Indian journal of veterinary science and animal husbandry - Volume 1,
Year: 1931
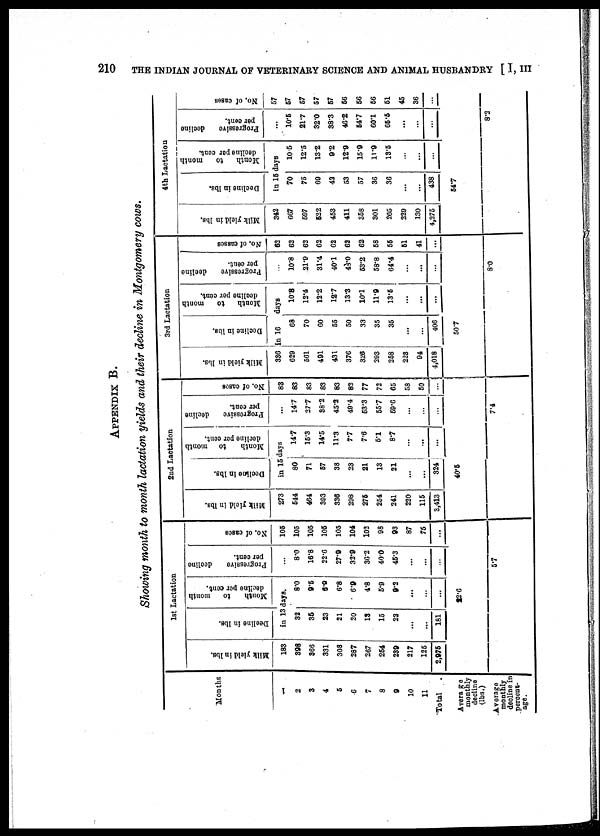
210
THE INDIAN JOURNAL OF VETERINARY SCIENCE AND ANIMAL HUSBANDRY [ I, III
APPENDIX B.
Showing month to month lactation yields and their decline in Montgomery cows.
Months
1
2
3
4
5
6
7
8
9
10
11
Total
Average
monthly
decline
(lbs.)
Average
monthly
decline in
percent-
age.
1st Lactation
Milk yield in lbs.
183
398
366
331
308
287
267
254
239
217
125
2,975
...
Decline in lbs.
Month to month
decline per cent.
in 13 days.
32
35
23
21
20
13
15
22
...
...
181
...
8.0
9.5
6.9
6.8
6.9
4.8
5.9
9.2
...
...
...
22.6
Progressive decline
per cent.
8.0
16.8
22.6
27.9
32.9
36.2
40.0
45.3
...
...
..
...
5.7
No. of cases
105
105
105
105
105
104
102
98
93
87
75
...
...
2nd Lactation
Milk yield in lbs.
273
544
464
393
336
298
275
254
241
220
115
3,413
...
Decline in lbs.
Month
to month
decline per cent.
in 15 days
80
71
57
38
23
21
13
21
...
...
324
40.5
14.7
15.3
14.5
11.3
7.7
7.6
5.1
8.7
...
...
...
...
Progressive decline
per cent.
14.7
27.7
38.2
45.2
49.4
53.3
55.7
59.6
...
...
...
...
7.4
No. of cases
83
83
83
83
83
82
77
72
65
58
50
...
...
3rd Lactation
Milk yield in lbs.
336
629
561
491
431
376
326
293
258
223
94
4,018
..
Decline in lbs.
in 16
68
70
60
55
50
33
35
35
...
...
406
50.7
Month to
month
decline per cent.
days
10.8
12.4
12.2
12.7
13.3
10.1
11.9
13.5
...
...
...
...
Progressive
decline
per cent.
...
10.8
21.9
31.4
40.1
48.0
53.2
58.8
64.4
...
...
....
....
8.0
No. of casses
62
62
62
62
62
62
62
58
55
51
41
...
...
4th Lactation
Milk yield in lbs.
342
667
597
522
453
411
358
301
265
229
130
4,275
...
Decline in lbs.
in 15
70
75
69
42
53
57
36
36
...
...
438
Month to month
decline
per cent.
days
10.5
12.5
13.2
9.2
12.9
15 9
11.9
13.5
...
...
54.7
Progressive
decline
per cent.
...
10.5
21.7
32.0
38.3
46.2
54.7
60.1
65.5
....
...
8.2
No.
of cases
57
57
57
57
57
56
56
56
51
45
36